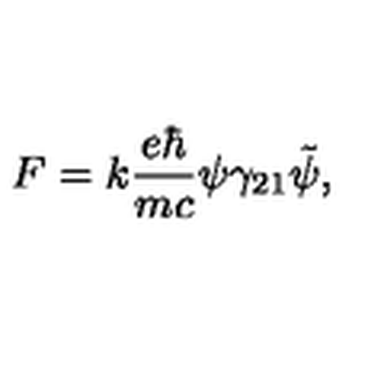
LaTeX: F = k \frac { e \hbar } { m c } \psi \gamma _ { 2 1 } \tilde { \psi } ,